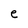
Character: e